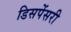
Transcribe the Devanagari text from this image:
डिसपेंसरी